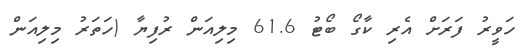
ހަވީރު ފަރަށް އެރި ކާގޯ ބޯޓު 61.6 މިލިއަން ރުފިޔާ (ހަތަރު މިލިއަން